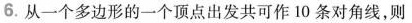
6. 从一个多边形的一个顶点出发共可作10条对角线，则